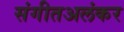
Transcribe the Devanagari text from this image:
संगीतअलंकर